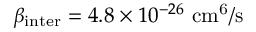
\beta _ { \mathrm { { i n t e r } } } = 4 . 8 \times 1 0 ^ { - 2 6 } ~ \mathrm { { c m ^ { 6 } / s } }